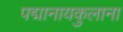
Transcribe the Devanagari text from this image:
पद्मानायकुलाना